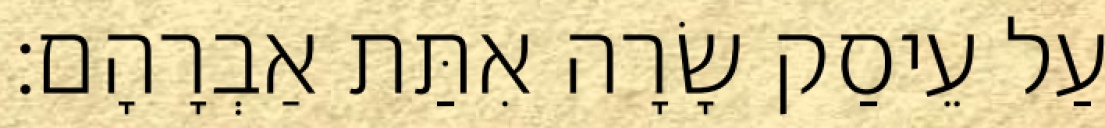
עַל עֵיסַק שָׂרָה אִתַּת אַבְרָהָם׃